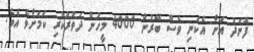
ފޮނަދު އަށް އެކަނި ވެސް ބޭރުން 4000 މީހުން ދަތުުރުކުރި ކަމަށްވެ އެވެ.